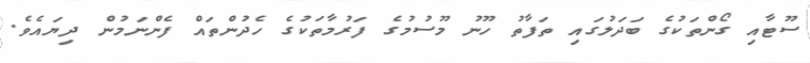
ސޫޓާއި ގޯންތަކުގެ ބަދަލުގައި ތަފާތު ހޫނު މޫސުމުގެ ފަރުމާތަކުގެ ހެދުންތައް ފެންނަމުން ދިޔައެވެ.